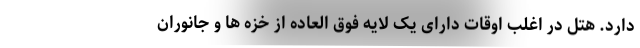
دارد. هتل در اغلب اوقات دارای يک لايه فوق العاده از خزه ها و جانوران